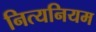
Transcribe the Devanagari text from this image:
नित्यनियम